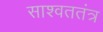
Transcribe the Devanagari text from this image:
साश्वततंत्र